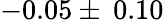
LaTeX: -0.05\pm\: 0.10